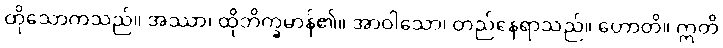
ထိုသောကသည်။ အဿာ၊ ထိုဘိက္ခမာန်၏။ အာဝါသော၊ တည်နေရာသည်။ ဟောတိ။ ဣတိ